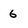
Character: 6